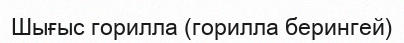
Шығыс горилла (горилла берингей)